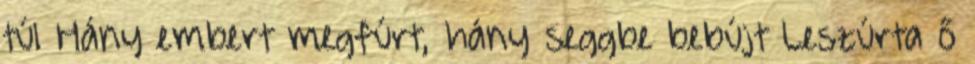
túl Hány embert megfúrt, hány seggbe bebújt Leszúrta ő